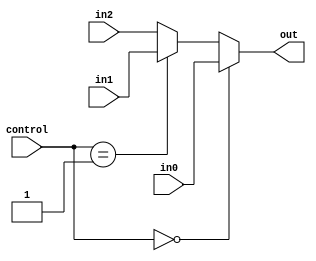
module Mux_ExcpCtrl(
    input wire [31:0] in0,
    input wire  [31:0] in1,
    input wire  [31:0] in2,
    input wire [1:0] control,
    output wire [31:0] out
    );

    assign out = (control == 2'b00) ? in0:
                 (control == 2'b01) ? in1:
                 in2;
                 
endmodule